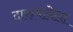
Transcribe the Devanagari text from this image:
दारुयात्रेला